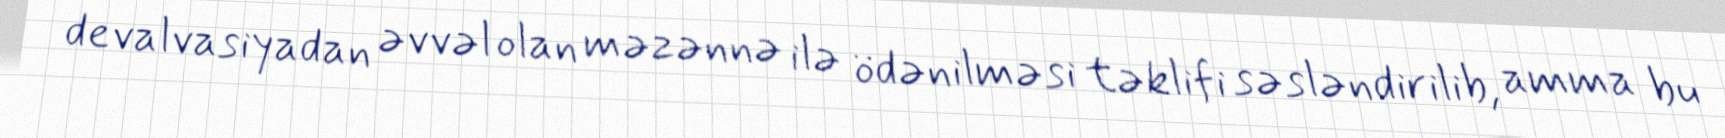
devalvasiyadan əvvəl olan məzənnə ilə ödənilməsi təklifi səsləndirilib, amma bu